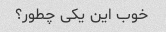
خوب این یکی چطور؟